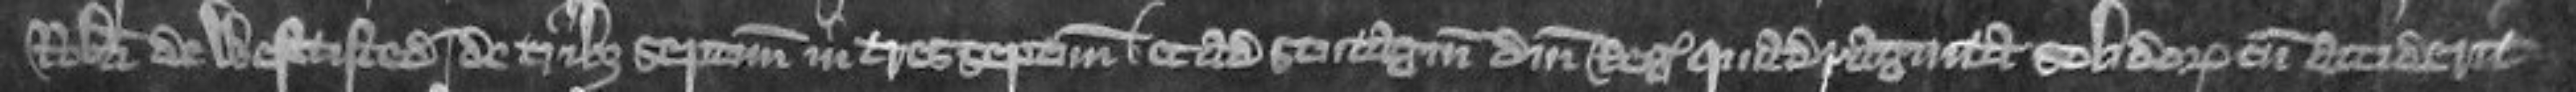
Roberti de Westtisted de tribus septimanis in tres septimanas et ad scutagium domini regis quadraginta solidorum cum acciderit